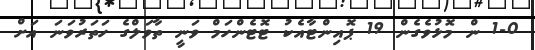
1-0 ން މޮޅުވެގެން 19 ޕޮއިންޓާއެކު ޓޮޓެންހަމް ވަނީ ތާވަލްގެ ހަތަރުވަނަ އަށް